Indian Civil Veterinary Department memoirs
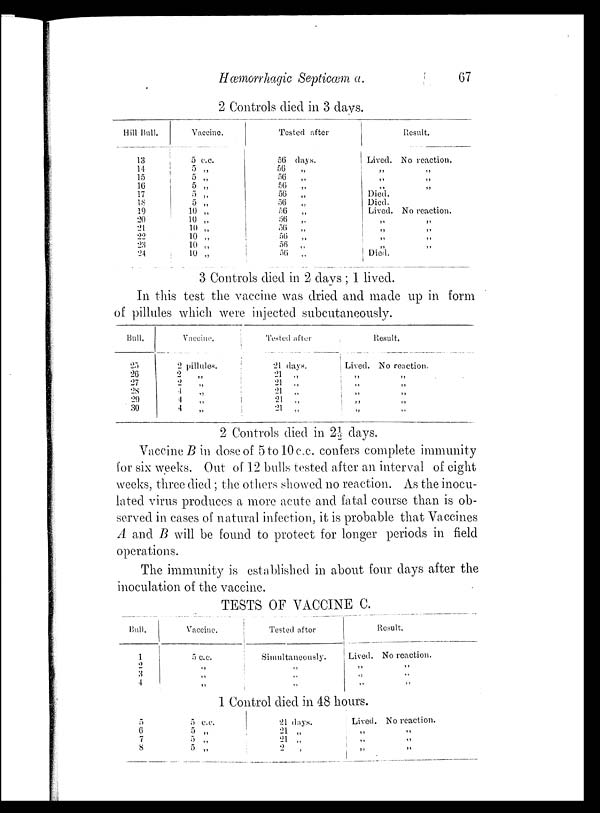
Hæmorrhagic Septicæma.
67
2 Controls died in 3 days.
Hill Bull.
13
14
15
16
17
18
19
20
21
22
23
24
Vaccine.
5
c.c.
5 „
5 „
5 „
5 „
5 „
10 „
10 „
10 „
10 „
10 „
10 „
Tested after
56 days.
56 „
56 „
56 „
56 „
56 „
56 „
56 „
56 „
56 „
56 „
56 „
Lived.
„
„
„
Died.
Died.
Lived.
„
„
„
„
Died.
Result.
No reaction.
„
„
„
No reaction.
„
„
„
„
3 Controls died in 2 days ; 1 lived.
In this test the vaccine was dried and made up in form
of pillules which were injected subcutaneously.
Bull.
25
26
27
28
29
30
Vaccine
2 pilluies.
2 „
2 „
1 „
4 „
4 „
Tested after
21 days.
21 „
21 „
21 „
21 „
21 „
Lived.
„
„ „
„
„
Result.
No reaction.
„
„
„
„
„
2 Controls died in 2½ days.
Vaccine B in dose of 5 to 10c.c. confers complete immunity
for six weeks. Out of 12 bulls tested after an interval of eight
weeks, three died; the others showed no reaction. As the inocu-
lated virus produces a more acute and fatal course than is ob-
served in cases of natural infection, it is probable that Vaccines
A and B will be found to protect for longer periods in field
operations.
The immunity is established in about four days after the
inoculation of the vaccine.
TESTS OF VACCINE C.
Bull.
1
2
3
4
Vaccine.
5 c.c.
„
„
„
Tested after
Simultaneously.
„
„
„
Lived.
„
„
„
Result.
No reaction.
„
„
„
1 Control died in 48 hours.
5
6
7
8
5
c.c.
5 „
5 „
5 „
21 days.
21 „
21 „
21 „
Lived.
„
„ „
No reaction.
„
„
„